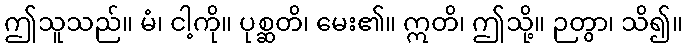
ဤသူသည်။ မံ၊ ငါ့ကို။ ပုစ္ဆတိ၊ မေး၏။ ဣတိ၊ ဤသို့။ ဉတွာ၊ သိ၍။